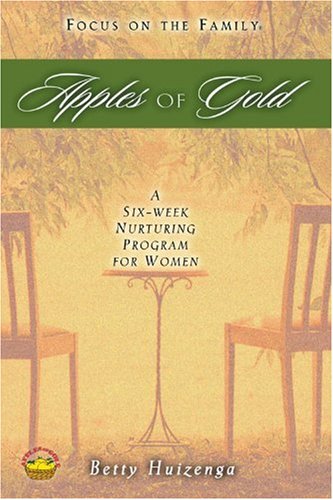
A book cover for Apples of Gold; Betty Huizenga; Christian Books & Bibles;